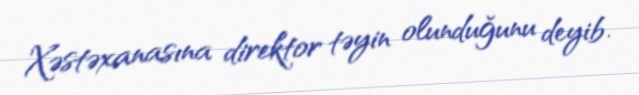
Xəstəxanasına direktor təyin olunduğunu deyib.